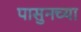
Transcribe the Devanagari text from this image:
पासुनच्या